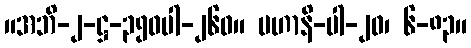
။အဘိ-၂-ဋ္ဌ-၃၅၀ပါ-၂၆၀။ မဟာနိ-ပါ-၂၀၊ ၆-၈၃။